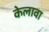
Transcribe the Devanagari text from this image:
केलावा